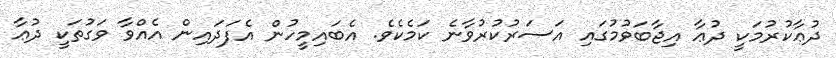
ދުޢާކުރުމަކީ ދުޢާ އިޖާބަވުމުގައި އަސަރުކުރުވާނެ ކަމެކެވެ. އެބައިމީހުން އެފަދައިން އެއްވާ ވަގުތަކީ ދުޢާ